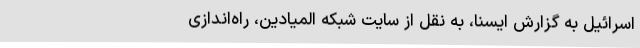
اسرائیل به گزارش ایسنا، به نقل از سایت شبکه المیادین، راه‌اندازی